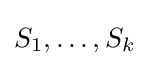
S_{1},\ldots ,S_{k}